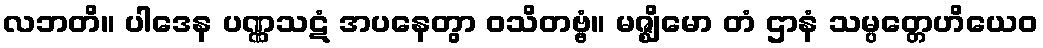
လဘတိ။ ပါဒေန ပဏ္ဏသဋံ အပနေတွာ ဝသိတဗ္ဗံ။ မဇ္ဈိမော တံ ဌာနံ သမ္ပတ္တေဟိယေဝ